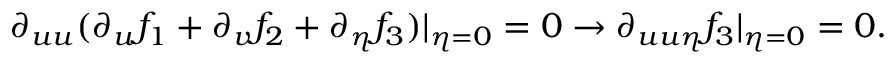
\partial _ { u u } ( \partial _ { u } f _ { 1 } + \partial _ { v } f _ { 2 } + \partial _ { \eta } f _ { 3 } ) \vert _ { \eta = 0 } = 0 \rightarrow \partial _ { u u \eta } f _ { 3 } \vert _ { \eta = 0 } = 0 .